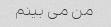
من می بینم